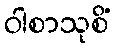
ဝါစာသုစိံ